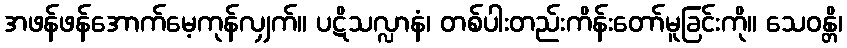
အဖန်ဖန်အောက်မေ့ကုန်လျှက်။ ပဋိသလ္လာနံ၊ တစ်ပါးတည်းကိန်းတော်မူခြင်းကို။ သေဝန္တိ၊